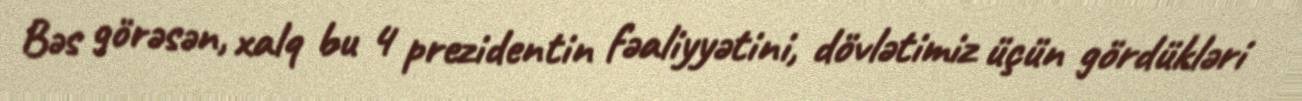
Bəs görəsən, xalq bu 4 prezidentin fəaliyyətini, dövlətimiz üçün gördükləri